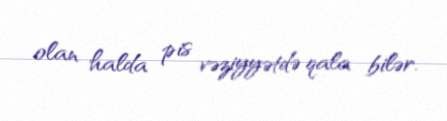
olan halda pis vəziyyətdə qala bilər.